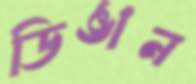
ডিঙান